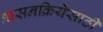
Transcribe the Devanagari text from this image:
श्वसनक्रियेसाठी